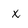
Character: X